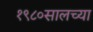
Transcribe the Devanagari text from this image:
१९८०सालच्या